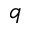
q